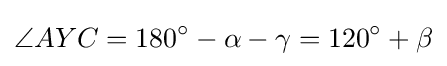
\angle {AYC}=180^{\circ }-\alpha -\gamma =120^{\circ }+\beta